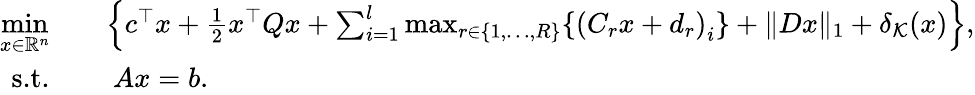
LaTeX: \begin{array}{rl}{\underset{x\in\mathbb{R}^{n}}{\mathrm{min}}}&{\quad\left\{ c^{\top}x+\frac{1}{2}x^{\top}Qx+\sum_{i=1}^{l}\operatorname*{max}_{r\in\{ 1,\ldots,R\} }\{ \left(C_{r}x+d_{r}\right)_{i}\} +\| Dx\| _{1}+\delta_{\mathcal{K}}(x)\right\} ,}\\ {\textnormal{s.t.}}&{\quad\ Ax=b.}\end{array}